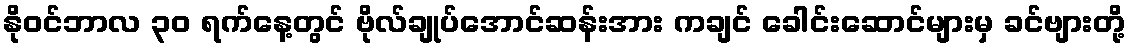
နိုဝင်ဘာလ ၃၀ ရက်နေ့တွင် ဗိုလ်ချုပ်အောင်ဆန်းအား ကချင် ခေါင်းဆောင်များမှ ခင်ဗျားတို့